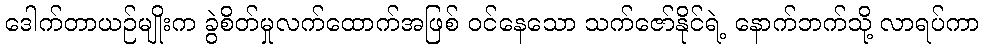
ဒေါက်တာယဉ်မျိုးက ခွဲစိတ်မှုလက်ထောက်အဖြစ် ဝင်နေသော သက်ဇော်နိုင်ရဲ့ နောက်ဘက်သို့ လာရပ်ကာ